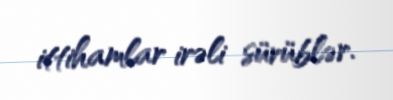
ittihamlar irəli sürüblər.